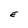
Character: E